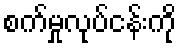
စက်မှုလုပ်ငန်းကို